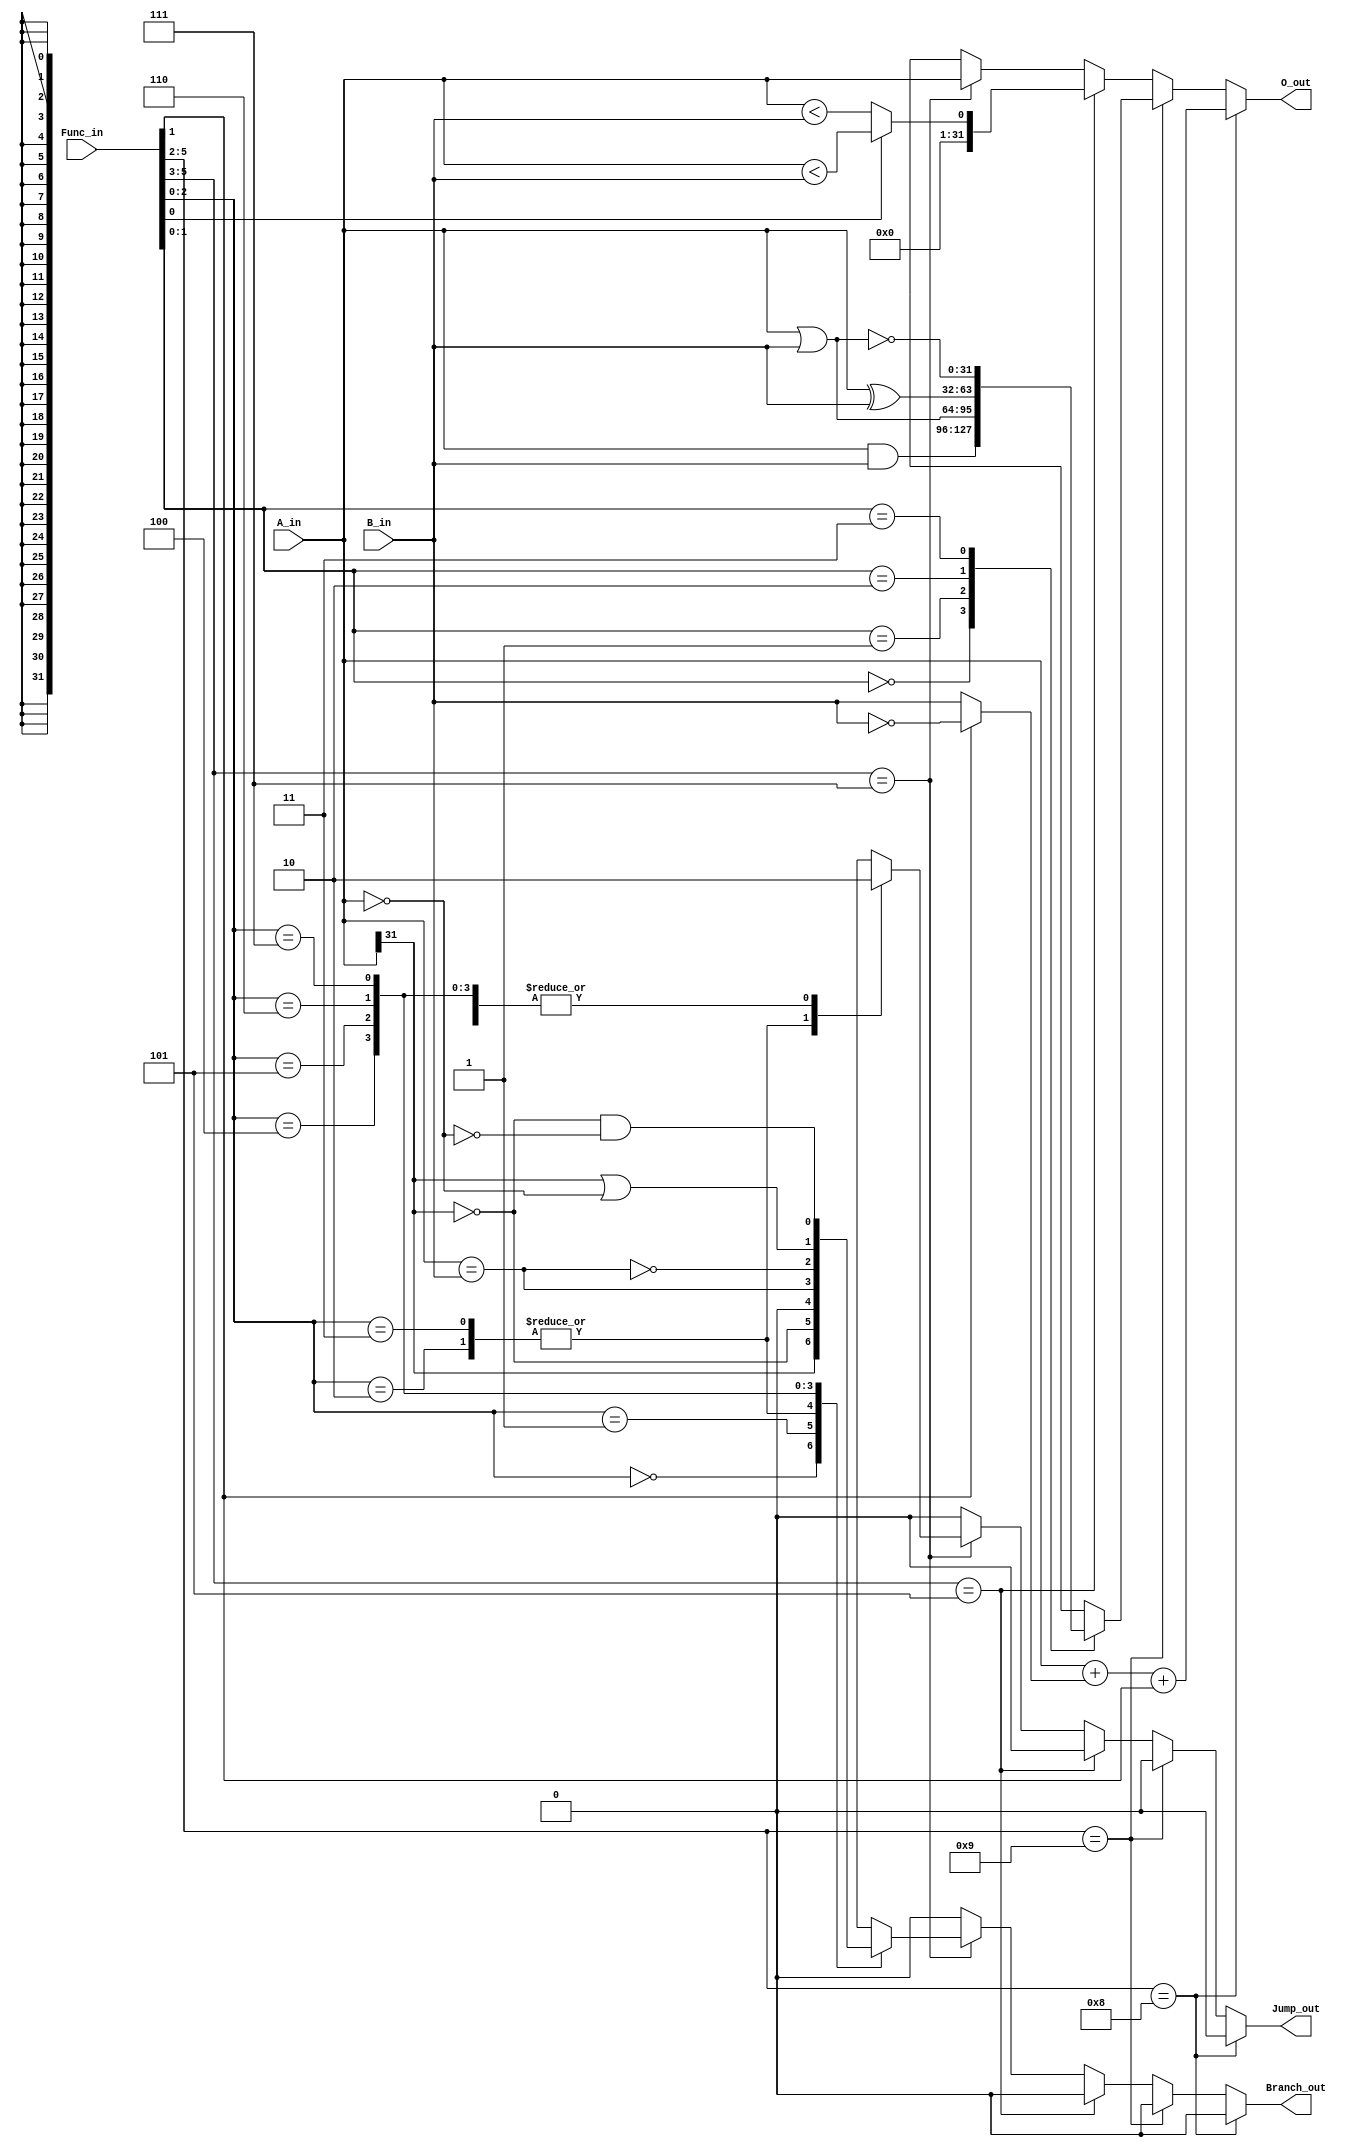
`timescale 1ns / 1ps

/*
**  UCSD CSE 141L Lab2/3 Provided Module
** -------------------------------------------------------------------
**  ALU Module for Single-Cycle MIPS Processor for Altera FPGAs
**
**  Change Log:
**  1/13/2012 - Adrian Caulfield - Initial Implementation
*/

module alu(
	input [5:0] Func_in, 
	input [31:0] A_in, 
	input [31:0] B_in,
	output reg [31:0] O_out,
	output reg Branch_out, 
	output reg Jump_out
);
	
	/*
	// Mapping of Func_i to ALU Operations (X is don't care)
	// Func_in		O_out								"Operation"
	//--------------------------------------------------------------
	// 1000 0X		A + B								ADD
	// 1000 1X		A - B								SUB
	// 1001 00		A & B								AND
	// 1001 01		A | B								OR
	// 1001 10		A ^ B								XOR
	//	1001 11		~(A | B)							NOR
	//
	//	101 XX0		signed(A) < signed(B)		Set-Less-Than signed
	//	101 XX1		A < B								Set-Less-Than unsigned

	// 111 000		A									BLTZ
	//	111 001		A									BGEZ
	//	111 010		A									J/AL
	//	111 011		A									JR/AL
	//	111 100		A									BEQ
	//	111 101		A									BNE
	//	111 110		A									BLEZ
	//	111 111		A									BGTZ
	*/
		
			
	//add/sub	
	//---------------------------------------------------------------------------
	reg [31:0]	AdderInputB;
	reg			AdderCarryIn;
	reg [31:0]	AdderOut;
								
	//and/or/xor/nor 
	//---------------------------------------------------------------------------
	reg [31:0] LogicOut;
	
	//slt	
	//---------------------------------------------------------------------------
	reg [31:0] SltOut;
	
	//----------------------------------------------------------------------------
	//branches
	reg [31:0] BranchOut;
	reg Sign;
	reg Zero;
	reg LTZ;
	reg LEZ;
	reg GTZ;
	reg GEZ;
	reg Eq;
	reg DoBranch,DoJump;
	
	always @(*) begin
		//add/sub		
		if (Func_in[1]) begin
			AdderInputB = ~B_in;
		end else begin
			AdderInputB = B_in;
		end
		
		AdderOut = A_in + AdderInputB + Func_in[1];


		//logic
		case (Func_in[1:0])
			2'b00:
			LogicOut = A_in & B_in;
			2'b01:
			LogicOut = A_in | B_in;
			2'b10:
			LogicOut = A_in ^ B_in;
			2'b11:
			LogicOut = ~(A_in | B_in);
		endcase


		//set less thans
		//------------------------------------------------
		if (Func_in[0]) begin
			SltOut = A_in < B_in;
		end else begin
			SltOut = $signed(A_in) < $signed(B_in);
		end

		//branches and jumps
		//---------------------------------------------------------
		BranchOut = A_in;
		
		Sign = A_in[31];
		Zero = A_in[31:0] == 32'b0;
		LTZ = Sign;
		LEZ = Sign || Zero;
		GTZ = ~Sign && ~Zero;
		GEZ = ~Sign;
		Eq = A_in == B_in;
	
		DoBranch = 1'b0;
		DoJump = 1'b0;
		case (Func_in[2:0])
			3'b000: //BLTZ
				DoBranch = LTZ;
			3'b001: //BGEZ		
				DoBranch = GEZ;
			3'b010: //J/JAL
				DoJump = 1'b1;
			3'b011: //JR/JALR
				DoJump = 1'b1;
			3'b100: //BEQ	   
				DoBranch = Eq;
			3'b101: //BNE								  
				DoBranch = ~Eq;				
			3'b110: //BLEZ		
				DoBranch = LEZ;
			3'b111: //BGTZ		
				DoBranch = GTZ;
			default:
				DoBranch = 1'b0;
		endcase
	
	
		//calculate final alu result
		//---------------------------------------------------------
		Branch_out = 1'b0;
		Jump_out = 1'b0;
		if (Func_in[5:2] == 4'b1000) begin
			O_out = AdderOut;
		end else if (Func_in[5:2] == 4'b1001) begin
			O_out = LogicOut;
		end else if (Func_in[5:3] == 3'b101) begin
			O_out = SltOut;
		end else if (Func_in[5:3] == 3'b111) begin
			O_out = BranchOut;
			Branch_out = DoBranch;
			Jump_out = DoJump;
		end else begin
			O_out = 32'bxxxxxxxx_xxxxxxxx_xxxxxxxx_xxxxxxxx;
		end
		$display("ALU %h ,%h %h",A_in,B_in,O_out);
	end
			
endmodule